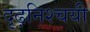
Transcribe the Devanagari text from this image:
दृढ़निश्‍चयी